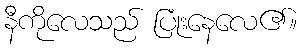
နီကိုလေသည် ပြုံးနေလေ၏။